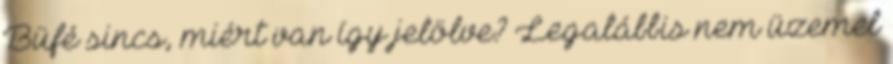
Büfé sincs, miért van így jelölve? Legalábbis nem üzemel